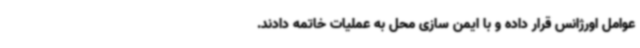
عوامل اورژانس قرار داده و با ایمن سازی محل به عملیات خاتمه دادند.